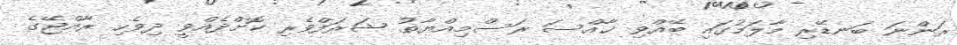
ރަންނަ ބަނޑޭރި މާލަމުގައި ބޭއްވި ޚާއްސަ ރަސްމިއްޔާތު ޝަރަފްވެރި ކޮށްދެއްވީ ދިވެހި ރާއްޖޭގެ